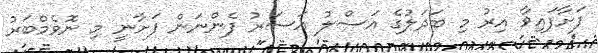
ފަށާފައިވާ އިރު މި ބަދަލުގެ އަސްލު އަސަރު ފެންނަން ފަށާނީ މި ނޮވެމްބަރު